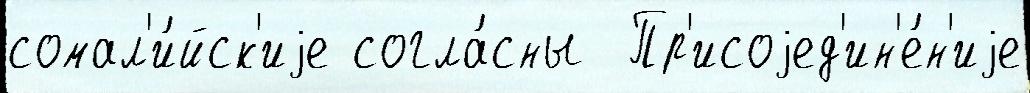
сомал'и́йск'иjе согла́сны  Пр'исоjед'ин'е́н'иjе